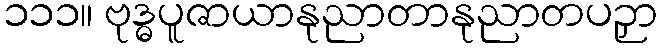
၁၁၁။ ဗုဒ္ဓပူဇာယာနုညာတာနုညာတပဉှာ